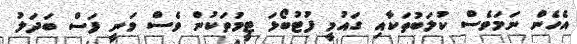
އެހެން ނަމަވެސް ކުލަބުތަކާއި ގައުމީ ފުޓުބޯޅަ ޓީމުތަކުން ވެސް ވަނީ ފަސް ބަދަލު